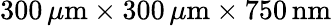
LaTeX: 300\, \mu\mathrm{m}\times 300\, \mu\mathrm{m}\times 750\, \mathrm{nm}